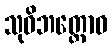
သုဝိဘတ္တောဝ